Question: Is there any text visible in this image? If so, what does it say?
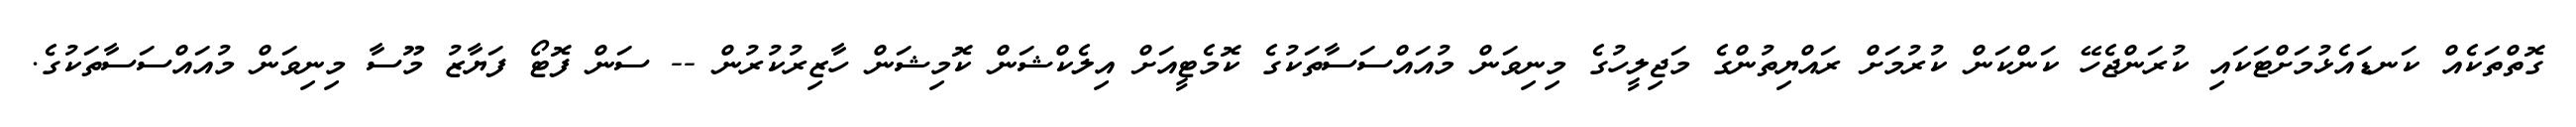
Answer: ގޮތްތަކެއް ކަނޑައެޅުމަށްޓަކައި ކުރަންޖެހޭ ކަންކަން ކުރުމަށް ރައްޔިތުންގެ މަޖިލީހުގެ މިނިވަން މުއައްސަސާތަކުގެ ކޮމެޓީއަށް އިލެކްޝަން ކޮމިޝަން ހާޒިރުކުރުން -- ސަން ފޮޓޯ ފަޔާޒު މޫސާ މިނިވަން މުއައްސަސާތަކުގެ.